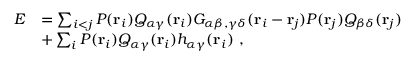
\begin{array} { r l } { E } & { = \sum _ { i < j } P ( { \bf r } _ { i } ) Q _ { \alpha \gamma } ( { \bf r } _ { i } ) G _ { \alpha \beta , \gamma \delta } ( { \bf r } _ { i } - { \bf r } _ { j } ) P ( { \bf r } _ { j } ) Q _ { \beta \delta } ( { \bf r } _ { j } ) } \\ & { + \sum _ { i } P ( { \bf r } _ { i } ) Q _ { \alpha \gamma } ( { \bf r } _ { i } ) h _ { \alpha \gamma } ( { \bf r } _ { i } ) ~ , } \end{array}